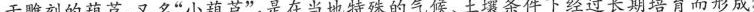
于雕刻的葫芦，又名”小葫芦”，是在当地特殊的气候、土壤条件下经过长期培育而形成